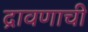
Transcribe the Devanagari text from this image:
द्रावणाची